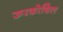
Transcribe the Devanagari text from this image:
ऊरकोबिल